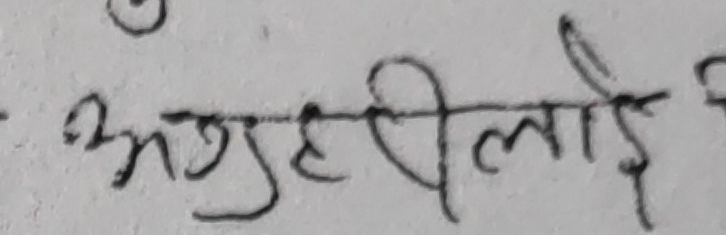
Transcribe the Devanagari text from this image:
अनुहलीलाई